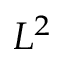
L ^ { 2 }